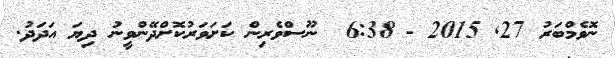
ނޮވެމްބަރު 27